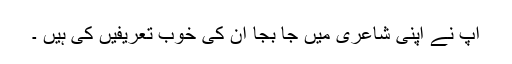
آپ نے اپنی شاعری میں جا بجا ان کی خوب تعریفیں کی ہیں ۔